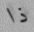
ذا